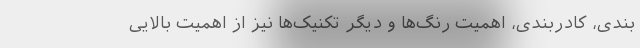
بندی، کادربندی، اهمیت رنگ‌ها و دیگر تکنیک‌ها نیز از اهمیت بالایی